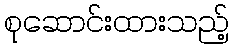
စုဆောင်းထားသည့်